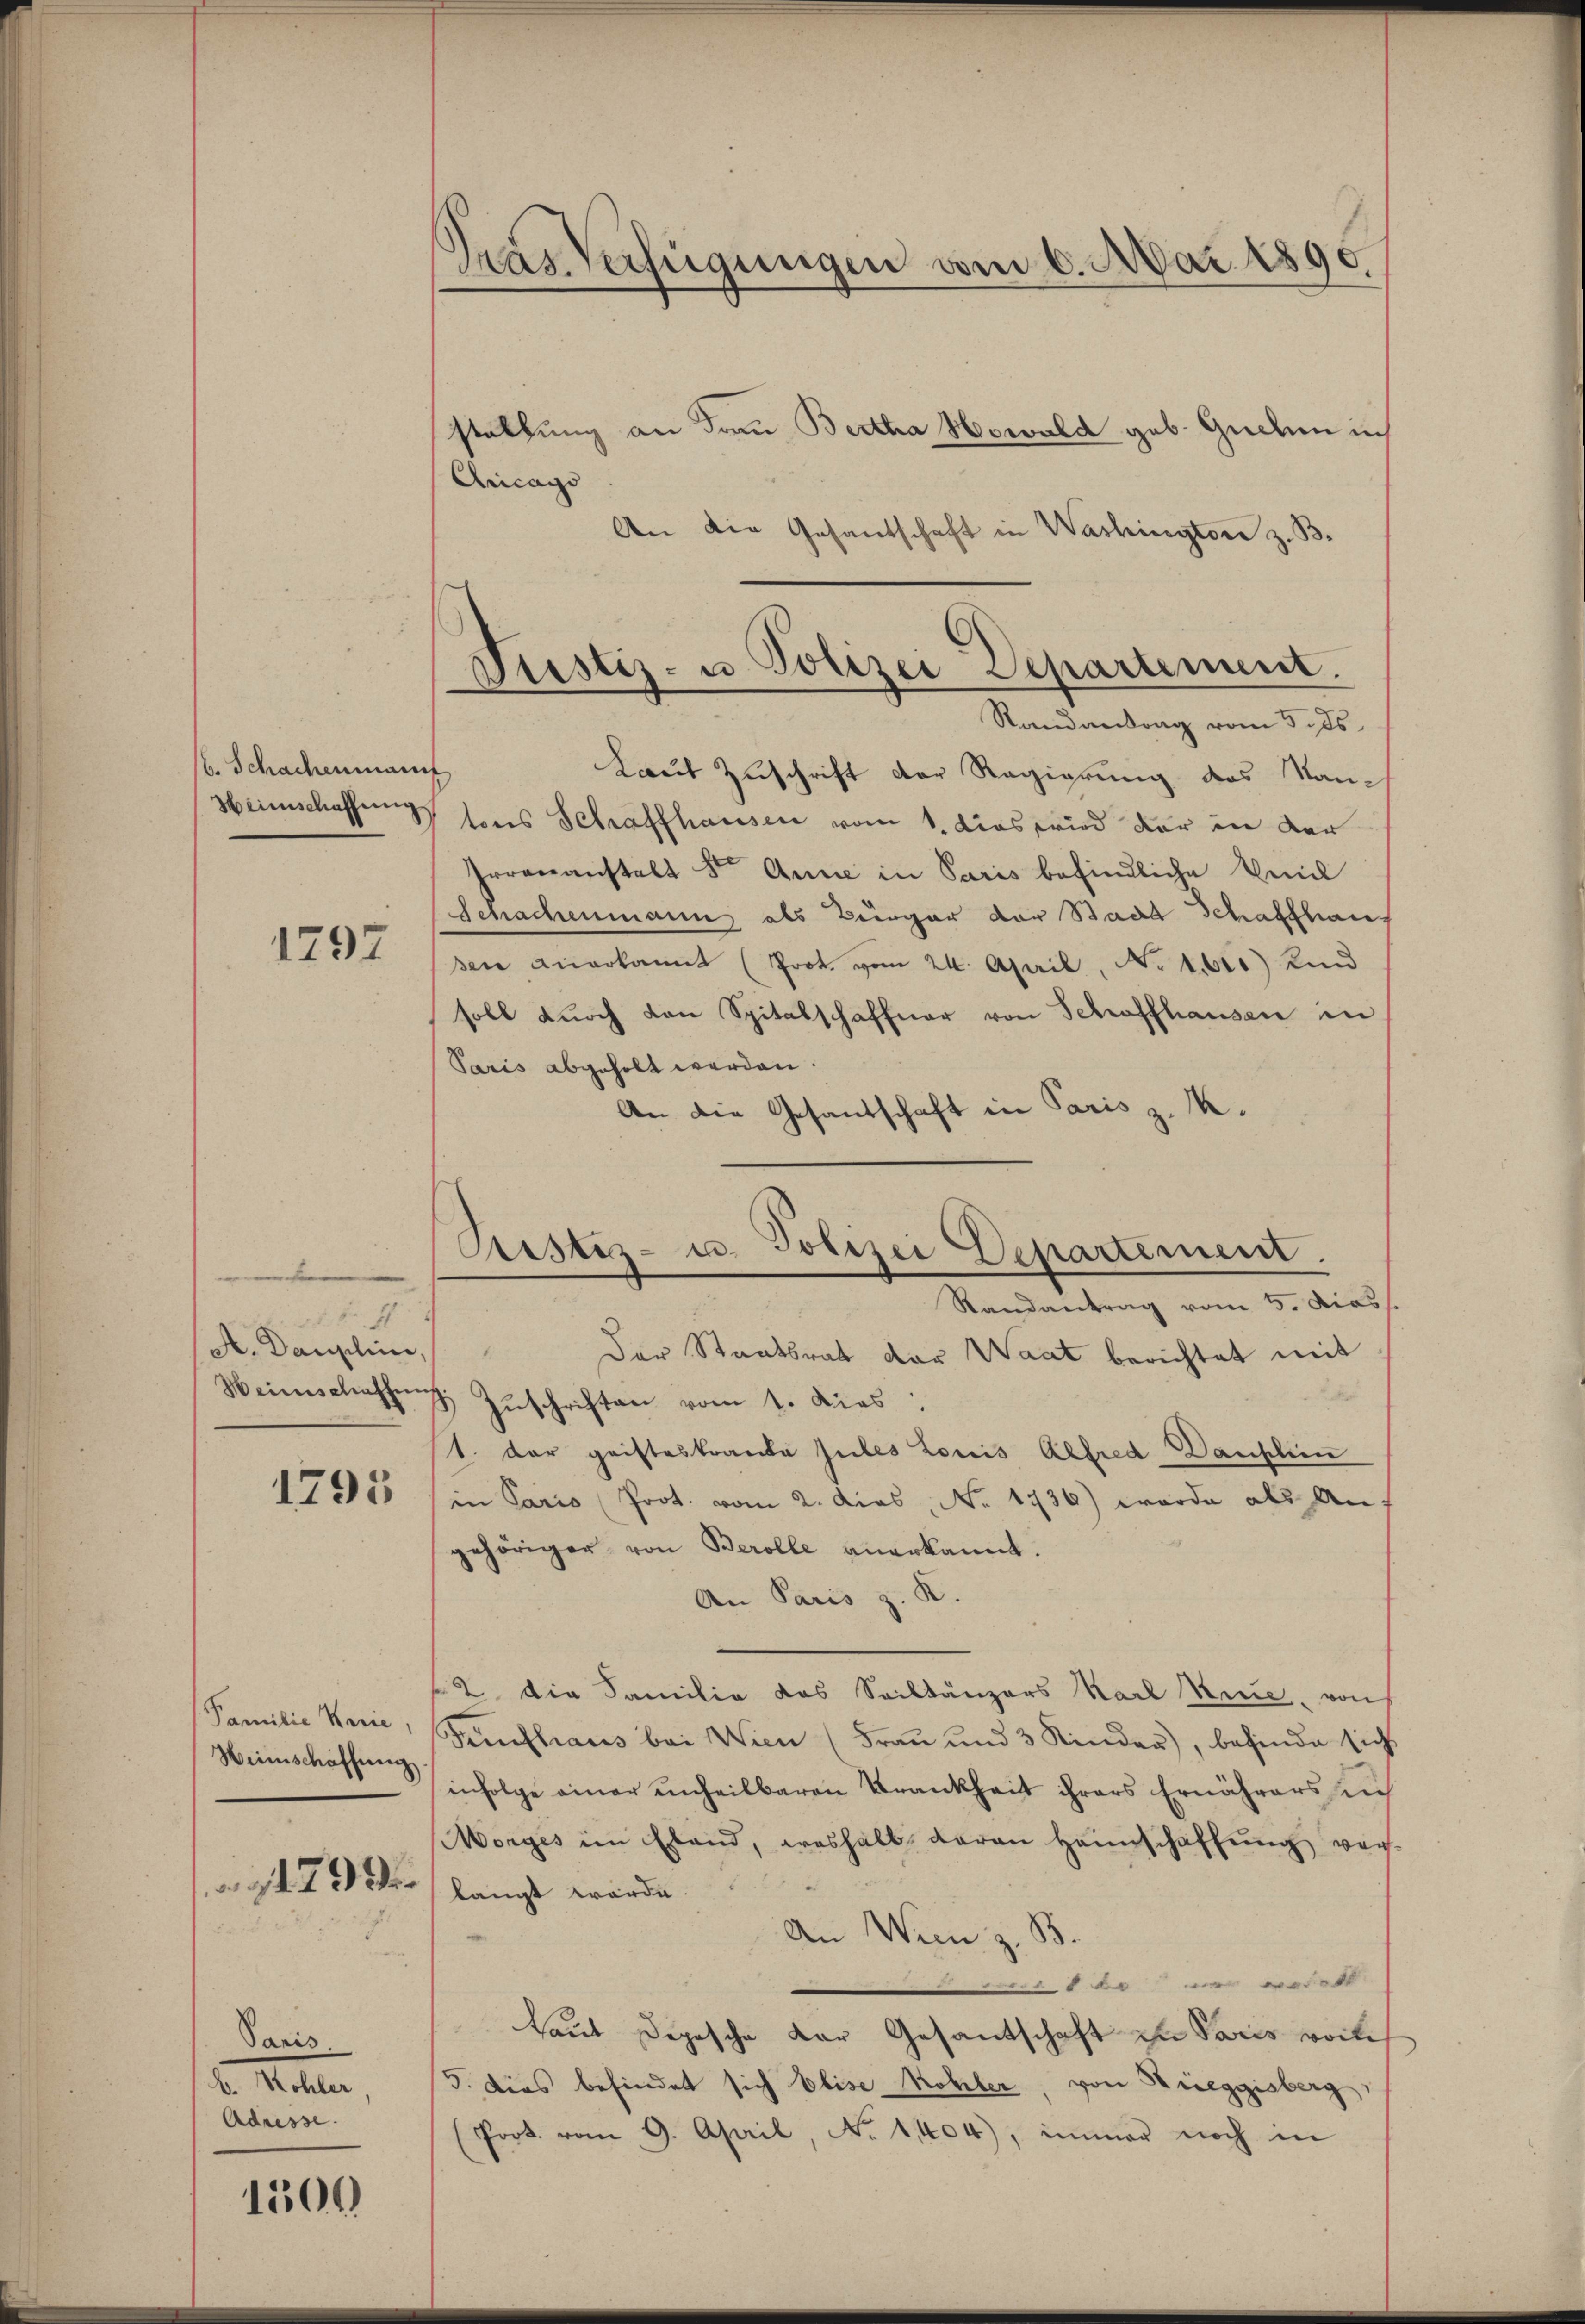
sb. Schachenmann

1297

28. d. h.
A. Daushin.
Heinschaffen

1795

Familie Knie,
Weinschaffung

479 xx

Paris.
b. Mehler,
Adresse.

1500

Gras Verfügungen vom 6. Mai 1890.

stellung an Frau Bertha Howald geb. Guden ich
Aricago
An die Gesandschaft in Washington z. B.
Randantrag vom 5. ds.
t
Laut Zuschrift der Regierung des Kan¬
Heimschaffung sons Schaffhausen vom 1. dies wird der in der
Irrenanstalt St. Anne in Paris befindliche Emil
Schachenmann, als Bürger der Stadt Schaffhaus
sen anerkannt (Prot. vom 24. April, No 1. 600) Kind
soll durch von Spitalschaffner von Schaffhausen in
Paris abgeholt werden.
An die Gesandschaft in Paris z. K.
Der Staatsrat der Waat berichtet mit
3 Zŭschriften vom 1. Dies
1. Der geisteskranke zules Louis Alfred Danklin
in Paris Prot. vom 2. dies, No. 1736) wurde als Auf
gehöriger von Berolle anerkannt.
An Paris z. K.
2 die Familie das Sailtänzers Karl Reue, von
Fünfhaus bei Wien (Frau und 3 Kinder), befinde sich
infolge einer unheilbaren Krankheit ihrers Ernährers suc
Morges im Eland, weshalb daran Haunschaffŭng vorlangt würde.
An Wien z. B.
1
Laut Depesche Dar Gesantschaft in Paris vorli
5. Dies befindet sich Elise Kohler, von Kireggisberg,
(Port. vom 9. April, No 1404), immer noch in

Pustiz- u Polizei Departement.

Justiz- u. Polizei Departement.
Randantrag vom 5. Diess.